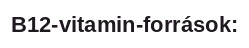
B12-vitamin-források: